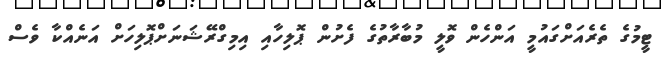
ޓީމުގެ ތެރެއަށްގައުމީ އަންހެން ވޮލީ މުބާރާތުގެ ފެށުން ޕޮލިހާއި އިމިގްރޭޝަނަށްޕޮލިހަށް އަނެއްކާ ވެސް